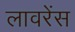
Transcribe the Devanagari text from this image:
लावरेंस